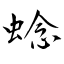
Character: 𬠖